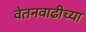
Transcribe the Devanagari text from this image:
वेतनवाढीच्या